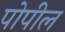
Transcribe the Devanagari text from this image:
पोपील